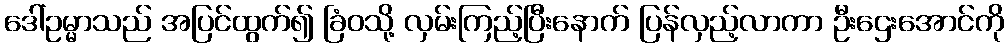
ဒေါ်ဥမ္မာသည် အပြင်ထွက်၍ ခြံဝသို့ လှမ်းကြည့်ပြီးနောက် ပြန်လှည့်လာကာ ဦးဌေးအောင်ကို